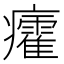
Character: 癨